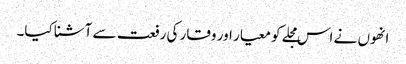
انھوں نے اس مجلے کو معیار اور وقار کی رفعت سے آشنا کیا۔